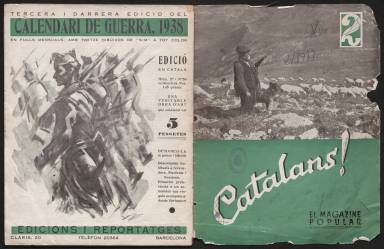
Título: Catalans! (Barcelona)
Colección: Revistas de información general || Guerra civil
Ámbito geográfico: Barcelona
Lugar de publicación: Barcelona
Fechas: 01/03/1938-10/12/1938